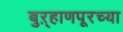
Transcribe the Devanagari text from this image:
बुऱ्हाणपूरच्या